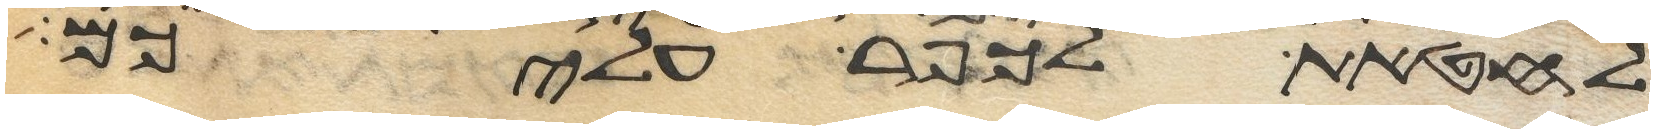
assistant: לחטאת לכפר עליכם